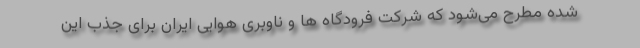
شده مطرح می‌شود که شرکت فرودگاه ها و ناوبری هوایی ایران برای جذب این